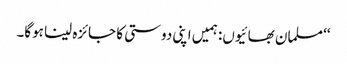
‘‘ مسلمان بھائیوں: ہمیں اپنی دوستی کا جائزہ لینا ہوگا۔